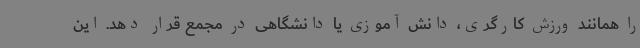
را همانند ورزش کارگری، دانش آموزی‌ یا دانشگاهی در مجمع قرار دهد. این